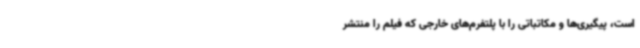
است، پیگیری‌ها و مکاتباتی را با پلتفرم‌های خارجی که فیلم را منتشر